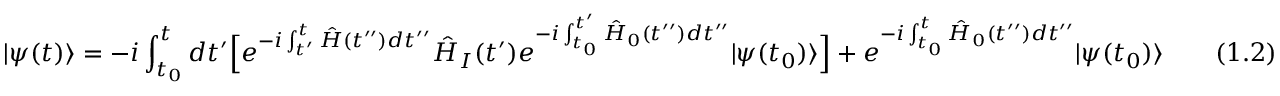
| \psi ( t ) \rangle = - i \int _ { t _ { 0 } } ^ { t } d t ^ { \prime } { \Big [ } e ^ { - i \int _ { t ^ { \prime } } ^ { t } { \hat { H } } ( t ^ { \prime \prime } ) d t ^ { \prime \prime } } { \hat { H } } _ { I } ( t ^ { \prime } ) e ^ { - i \int _ { t _ { 0 } } ^ { t ^ { \prime } } { \hat { H } } _ { 0 } ( t ^ { \prime \prime } ) d t ^ { \prime \prime } } | \psi ( t _ { 0 } ) \rangle { \Big ] } + e ^ { - i \int _ { t _ { 0 } } ^ { t } { \hat { H } } _ { 0 } ( t ^ { \prime \prime } ) d t ^ { \prime \prime } } | \psi ( t _ { 0 } ) \rangle \qquad ( 1 . 2 )